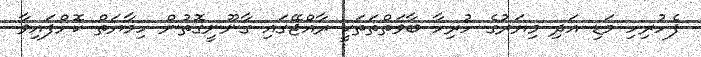
ފެހުރިހި މަޑި އަދި މިޔަރުގެ ހުރިހާ ބާވަތްތަތަކީ ރާއްޖޭގައި ގާނޫނީގޮތުން ހިމާޔަތް ކޮށްފައިވާ